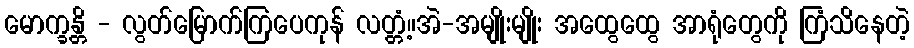
မောက္ခန္တိ - လွတ်မြောက်ကြပေကုန် လတ္တံ့။အဲ-အမျိုးမျိုး အထွေထွေ အာရုံတွေကို ကြံသိနေတဲ့